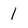
Character: 1